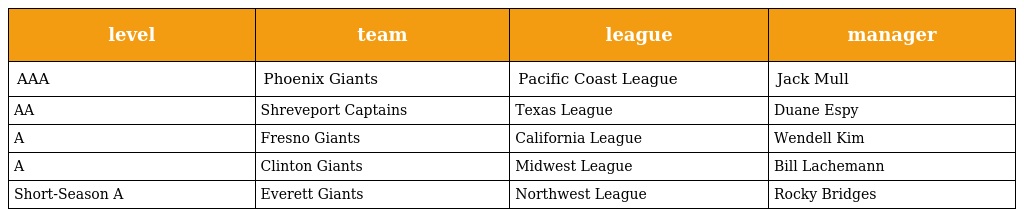
| level | team | league | manager |
 | --- | --- | --- | --- |
 | AAA | Phoenix Giants | Pacific Coast League | Jack Mull |
 | AA | Shreveport Captains | Texas League | Duane Espy |
 | A | Fresno Giants | California League | Wendell Kim |
 | A | Clinton Giants | Midwest League | Bill Lachemann |
 | Short-Season A | Everett Giants | Northwest League | Rocky Bridges |